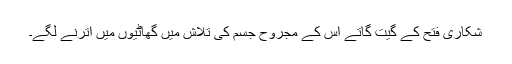
شکاری فتح کے گیت گاتے اس کے مجروح جسم کی تلاش میں گھاٹیوں میں اترنے لگے۔